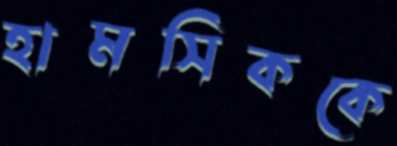
হামসিককে